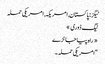
ٹیگز : پاکستان, امریکہ, امریکی حملہ
ٹیگ ڈوری »
« راہ پیا جانڑے
“امریکی حملہ ۔